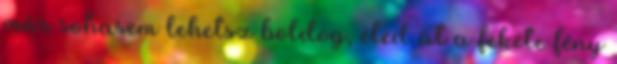
már sohasem lehetsz boldog, éled át a fekete fény